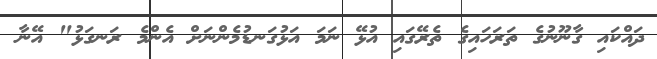
ދައްކައި ގާނޫނުގެ ތަރަހައިގެ ތެރޭގައި އުޅޭ ނަމަ އަޅުގަނޑުމެންނަށް އެންމެ ރަނގަޅު" އޭނާ